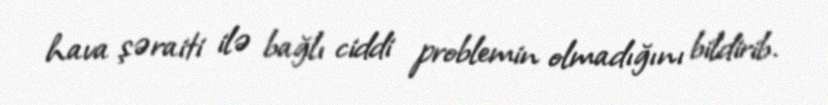
hava şəraiti ilə bağlı ciddi problemin olmadığını bildirib.